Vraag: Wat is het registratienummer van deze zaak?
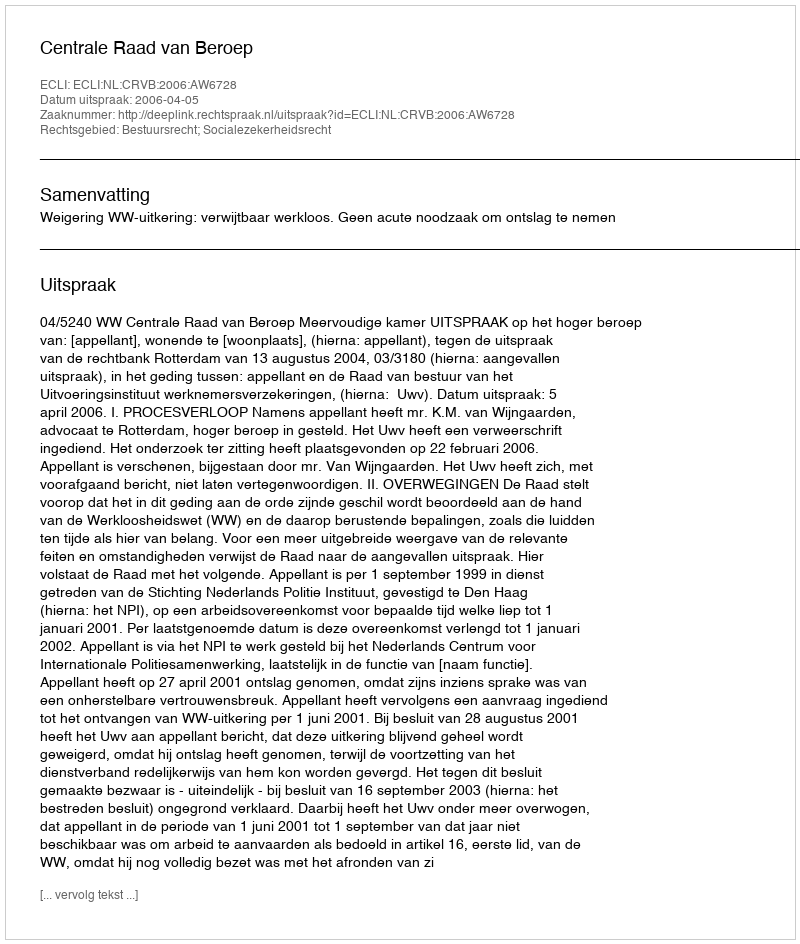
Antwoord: http://deeplink.rechtspraak.nl/uitspraak?id=ECLI:NL:CRVB:2006:AW6728